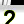
Digit: 2